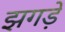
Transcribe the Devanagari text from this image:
झगड़ें